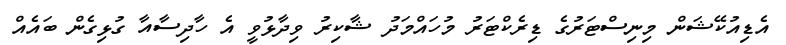
އެޑިއުކޭޝަން މިނިސްޓަރުގެ ޑިރެކްޓަރު މުހައްމަދު ޝާކިރު ވިދާޅުވީ އެ ހާދިސާއާ ގުޅިގެން ބައެއް